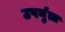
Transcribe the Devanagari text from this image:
उपर्युत्त